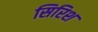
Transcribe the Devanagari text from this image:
सिरिश